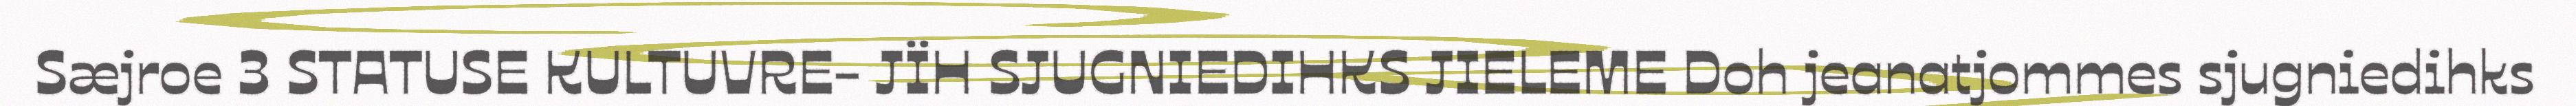
Sæjroe 3 STATUSE KULTUVRE- JÏH SJUGNIEDIHKS JIELEME Doh jeanatjommes sjugniedihks